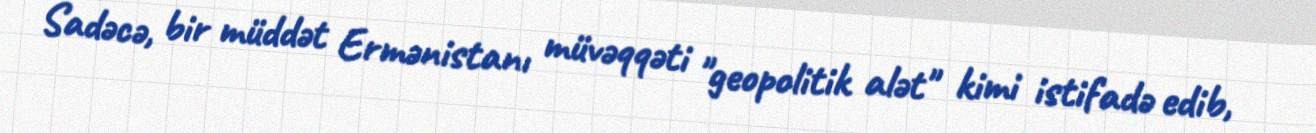
Sadəcə, bir müddət Ermənistanı müvəqqəti "geopolitik alət" kimi istifadə edib,